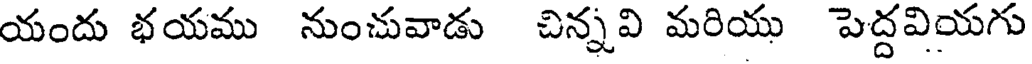
యందు భయము నుంచువాడు చిన్నవి మరియు పెద్దవియగు